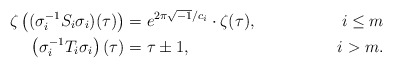
\begin{align*}\zeta\left((\sigma_{i}^{-1}S_{i}\sigma_{i})(\tau)\right)& = e^{2\pi\sqrt{-1}/c_{i}}\cdot\zeta(\tau), & i\leq m \\\left(\sigma_{i}^{-1}T_{i}\sigma_{i}\right)(\tau) & =\tau\pm 1,& i>m. \end{align*}